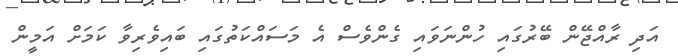
އަދި ރާއްޖޭން ބޭރުގައި ހުންނަވައި ގެންވެސް އެ މަސައްކަތުގައި ބައިވެރިވާ ކަމަށް އަމީން